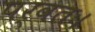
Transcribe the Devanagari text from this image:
पर्वतः।